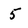
Character: 5